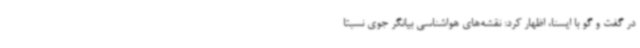
در گفت و گو با ایسنا، اظهار کرد: نقشه‌های هواشناسی بیانگر جوی نسبتا